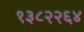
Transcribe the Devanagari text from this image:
१३८२२६४